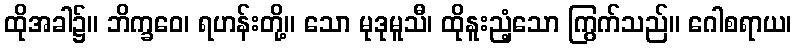
ထိုအခါ၌။ ဘိက္ခဝေ၊ ရဟန်းတို့။ သော မုဒုမူသီ၊ ထိုနူးညံ့သော ကြွက်သည်။ ဂေါစရာယ၊